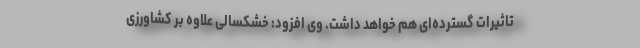
تاثیرات گسترده‌ای هم خواهد داشت. وی افزود: خشکسالی علاوه بر کشاورزی